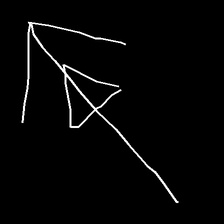
Glyph: pull